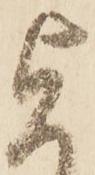
旨